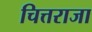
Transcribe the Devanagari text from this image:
चित्तराजा